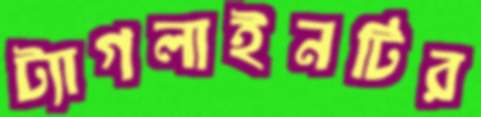
ট্যাগলাইনটির